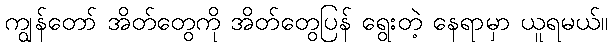
ကျွန်တော် အိတ်တွေကို အိတ်တွေပြန် ရွေးတဲ့ နေရာမှာ ယူရမယ်။